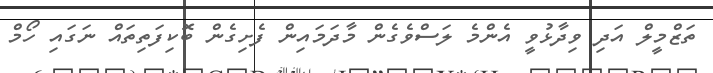
ތަޒްމީލް އަދި ވިދާޅުވީ އެންމެ ލަސްވެގެން މާދަމައިން ފެށިގެން ބޮކިފަތިތައް ނަގައި ހޯމް